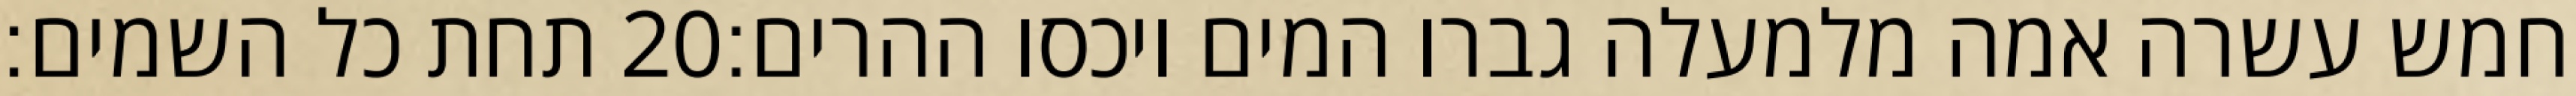
תחת כל השמים׃ ‎20‏ חמש עשרה אמה מלמעלה גברו המים ויכסו ההרים׃